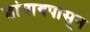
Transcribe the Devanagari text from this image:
शांघायपासून